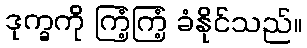
ဒုက္ခကို ကြံ့ကြံ့ ခံနိုင်သည်။